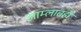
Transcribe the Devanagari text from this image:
आम्लातही